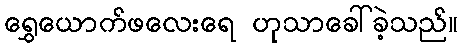
ရွှေယောက်ဖလေးရေ ဟုသာခေါ်ခဲ့သည်။